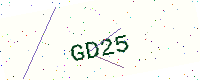
Text: GD25